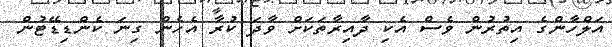
އަލްހާންގެ އިތުރުން ވެސް އެކި ދާއިރާތަކަށް ވާދަ ކުރާ އެހެން ގިނަ ކެންޑިޑޭޓުން